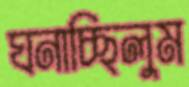
ঘনাচ্ছিলুম